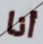
أنا